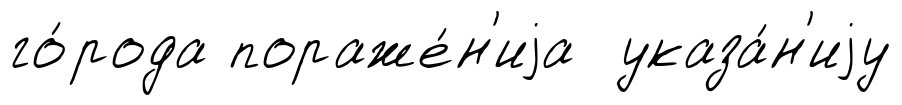
го́рода пораже́н'иjа указа́н'иjу